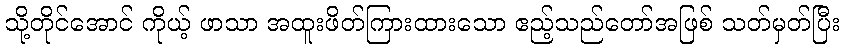
သို့တိုင်အောင် ကိုယ့် ဖာသာ အထူးဖိတ်ကြားထားသော ဧည့်သည်တော်အဖြစ် သတ်မှတ်ပြီး